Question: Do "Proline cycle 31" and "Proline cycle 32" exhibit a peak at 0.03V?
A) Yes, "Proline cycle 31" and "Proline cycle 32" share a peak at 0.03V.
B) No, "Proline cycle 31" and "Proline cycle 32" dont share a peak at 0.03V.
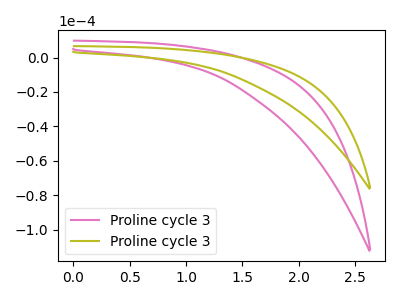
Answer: <think>The pink curve "Proline cycle 31" has no peaks. The olive curve "Proline cycle 32" has no peaks.</think>
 <answer>B) No, "Proline cycle 31" and "Proline cycle 32" dont share a peak at 0.03V.</answer>
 <eval>B</eval>